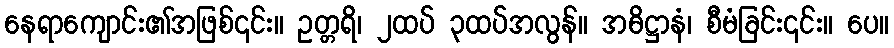
နေရာကျောင်း၏အဖြစ်၎င်း။ ဥတ္တရိ၊ ၂ထပ် ၃ထပ်အလွန်။ အဓိဋ္ဌာနံ၊ စီမံခြင်း၎င်း။ ပေ။